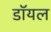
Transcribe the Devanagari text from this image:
डाॅयल